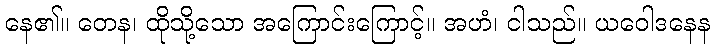
နေ၏။ တေန၊ ထိုသို့သော အကြောင်းကြောင့်။ အဟံ၊ ငါသည်။ ယဝေါဒနေန